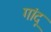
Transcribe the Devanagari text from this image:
गांदू